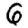
Digit: 6